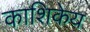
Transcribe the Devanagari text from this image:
काशिकेय